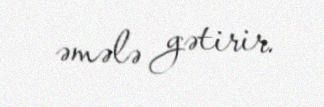
əmələ gətirir.